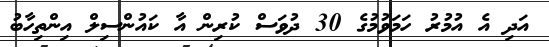
އަދި އެ އުމުރު ހަމަވުމުގެ 30 ދުވަސް ކުރިން އާ ކައުންސިލް އިންތިހާބު